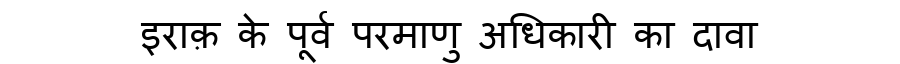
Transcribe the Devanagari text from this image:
इराक़ के पूर्व परमाणु अधिकारी का दावा